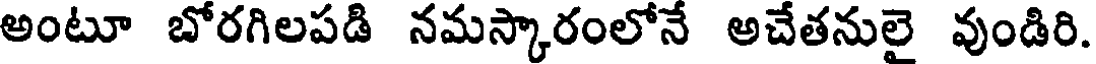
అంటూ బోరగిలపడి నమస్కారంలోనే అచేతనులై వుండిరి.